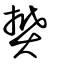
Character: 樊